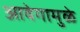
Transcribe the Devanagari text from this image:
आवेगामुळे